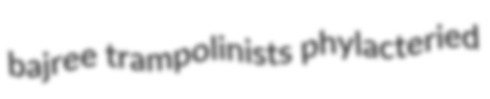
bajree trampolinists phylacteried